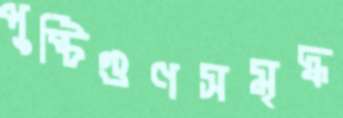
পুষ্টিগুণসমৃদ্ধ